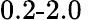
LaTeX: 0.2\textrm{-}2.0\